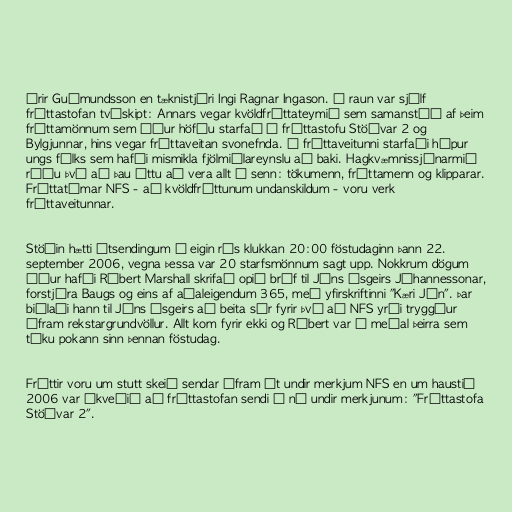
órir Guðmundsson en tæknistjóri Ingi Ragnar Ingason. Í raun var sjálf
fréttastofan tvískipt: Annars vegar kvöldfréttateymið sem samanstóð af þeim
fréttamönnum sem áður höfðu starfað á fréttastofu Stöðvar 2 og
Bylgjunnar, hins vegar fréttaveitan svonefnda. Á fréttaveitunni starfaði hópur
ungs fólks sem hafði mismikla fjölmiðlareynslu að baki. Hagkvæmnissjónarmið
réðu því að þau áttu að vera allt í senn: tökumenn, fréttamenn og klipparar.
Fréttatímar NFS - að kvöldfréttunum undanskildum - voru verk
fréttaveitunnar.

Stöðin hætti útsendingum á eigin rás klukkan 20:00 föstudaginn þann 22.
september 2006, vegna þessa var 20 starfsmönnum sagt upp. Nokkrum dögum
áður hafði Róbert Marshall skrifað opið bréf til Jóns Ásgeirs Jóhannessonar,
forstjóra Baugs og eins af aðaleigendum 365, með yfirskriftinni "Kæri Jón". Þar
biðlaði hann til Jóns Ásgeirs að beita sér fyrir því að NFS yrði tryggður
áfram rekstargrundvöllur. Allt kom fyrir ekki og Róbert var á meðal þeirra sem
tóku pokann sinn þennan föstudag.

Fréttir voru um stutt skeið sendar áfram út undir merkjum NFS en um haustið
2006 var ákveðið að fréttastofan sendi á ný undir merkjunum: "Fréttastofa
Stöðvar 2".